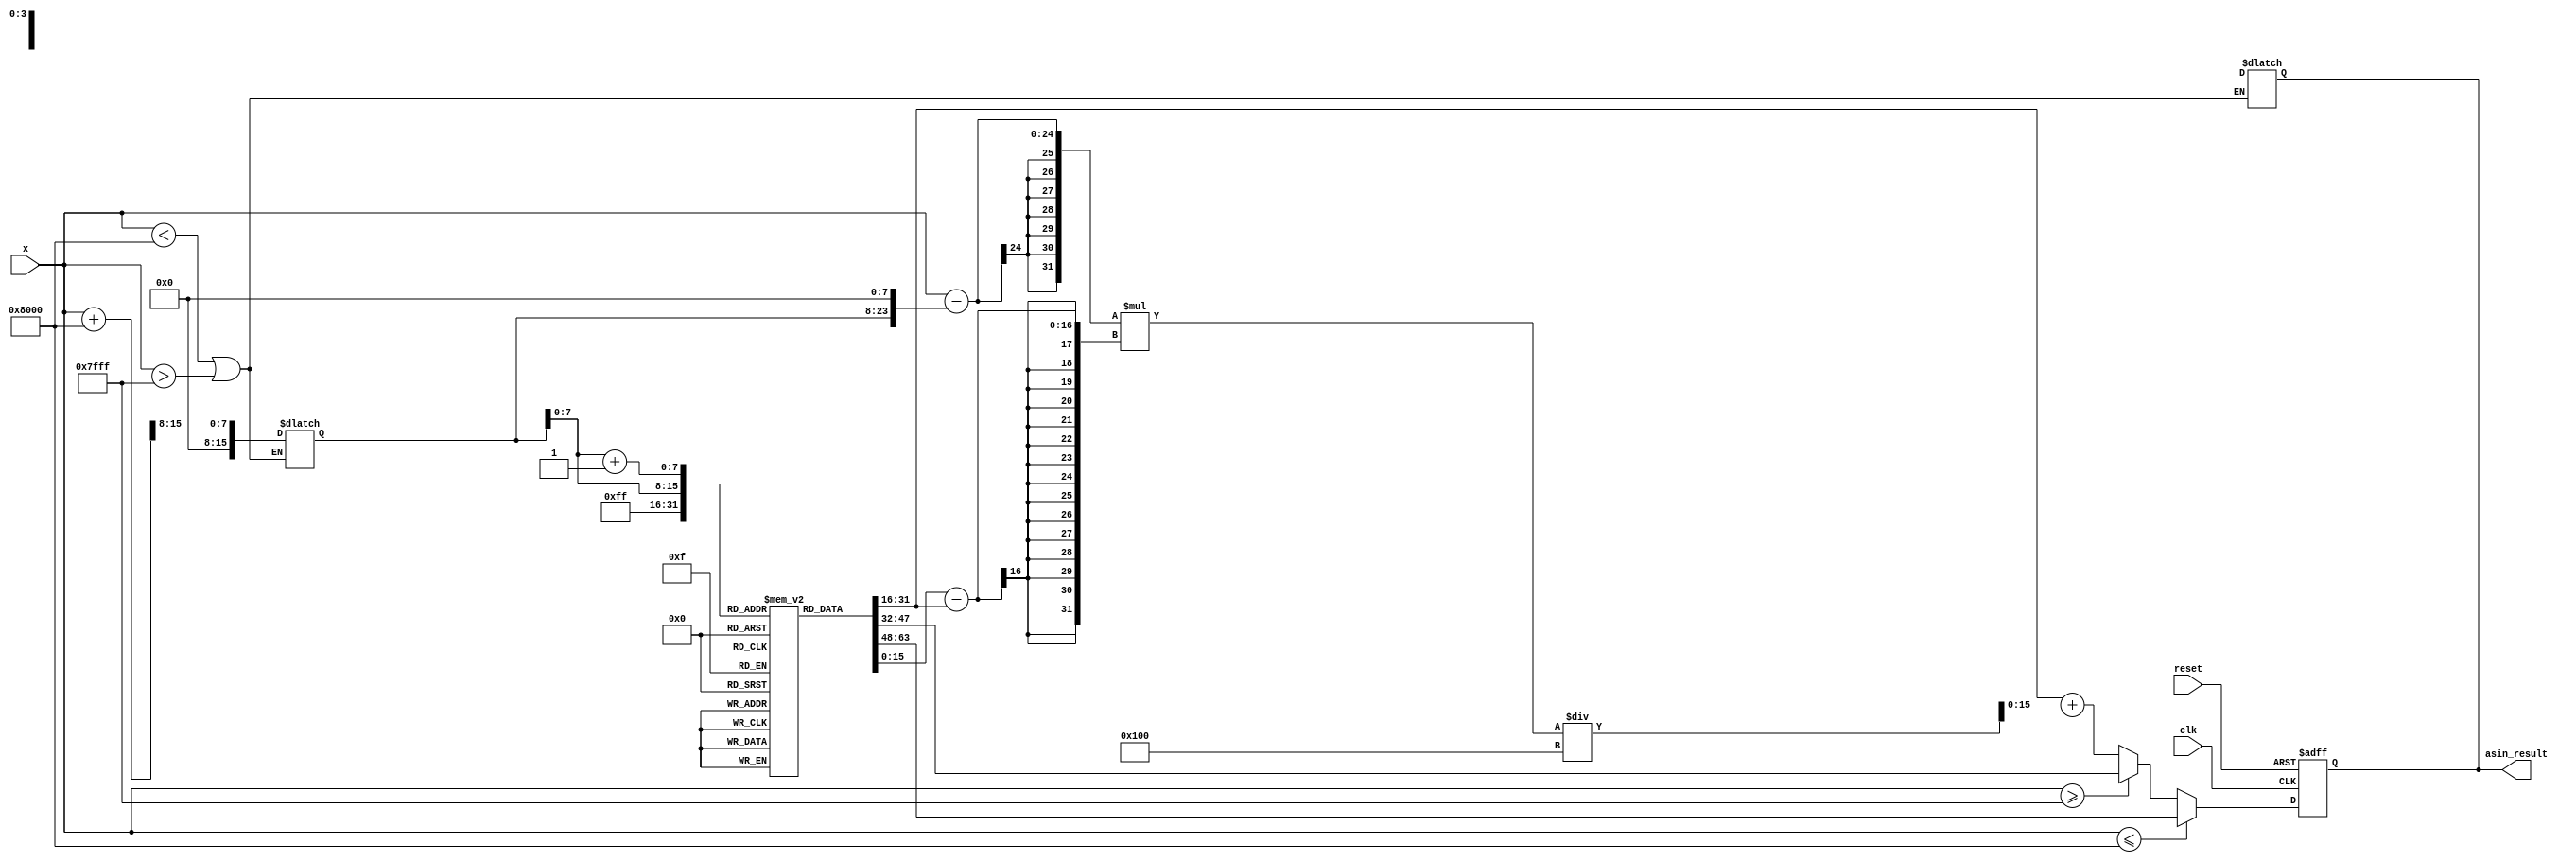
module asin_block #(
    parameter N = 16,            // Bit-width of input
    parameter M = 16,            // Bit-width of output
    parameter LUT_SIZE = 256,    // Number of entries in the LUT
    parameter PI_DIV_2 = 16'h0C90 // /2 in fixed-point representation (assuming Q15 format)
)(
    input clk,
    input reset,
    input [N-1:0] x,
    output reg [M-1:0] asin_result
);

    // Lookup table for asin values (precomputed)
    reg [M-1:0] lut [0:LUT_SIZE-1]; // LUT for asin values

    // Initialize the LUT with precomputed values (this needs to be done)
    initial begin
        // Fill the LUT with asin values in fixed-point representation
        // Example: lut[0] = 16'h0000; // asin(0) = 0
        // lut[1] = 16'hC90F; // asin(-0.5) = -/6
        // lut[LUT_SIZE-1] = 16'h0C90; // asin(1) = /2
        // Add values accordingly...
    end

    // Internal signals
    reg [N-1:0] quantized_x;
    reg [7:0] lut_index;  // LUT index (for 256 entries)
    reg [M-1:0] lut_value_a, lut_value_b; // LUT values for interpolation
    reg [M-1:0] interpolated_value;

    // Range checking
    always @(*) begin
        if (x < -16'h8000 || x > 16'h7FFF) begin
            asin_result = {M{1'bx}}; // Error state or NaN
        end else begin
            quantized_x = (x + 16'h8000) >> (16 - 8); // Quantize to 8 bits
        end
    end

    // LUT Access and Interpolation
    always @(posedge clk or posedge reset) begin
        if (reset) begin
            asin_result <= {M{1'b0}};
        end else begin
            if (x <= -16'h8000) begin
                asin_result <= lut[0];  // asin(-1)
            end else if (x >= 16'h7FFF) begin
                asin_result <= lut[LUT_SIZE-1]; // asin(1)
            end else begin
                lut_index = quantized_x; // Get LUT index
                lut_value_a = lut[lut_index]; // Get lower LUT value
                lut_value_b = lut[lut_index + 1]; // Get upper LUT value

                // Linear interpolation
                interpolated_value = lut_value_a + ((x - (quantized_x << (16 - 8))) * (lut_value_b - lut_value_a)) / ((1 << (16 - 8)) - (0));

                asin_result <= interpolated_value; // Assign result
            end
        end
    end

endmodule